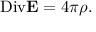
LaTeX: \mathrm { D i v } { \bf E } = 4 \pi \rho .